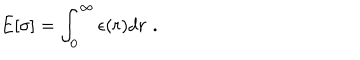
LaTeX: E [ \sigma ] = \int _ { 0 } ^ { \infty } \epsilon ( r ) d r \, \, .